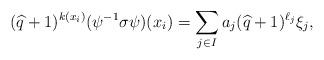
LaTeX: \begin{align*}(\widehat{q}+1)^{k(x_i)}(\psi^{-1}\sigma\psi)(x_i)=\sum_{j\in I} a_j(\widehat{q}+1)^{\ell_j}\xi_j,\end{align*}